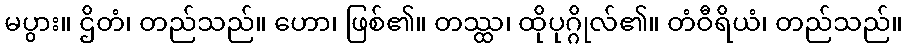
မပွား။ ဌိတံ၊ တည်သည်။ ဟော၊ ဖြစ်၏။ တဿ္ထ၊ ထိုပုဂ္ဂိုလ်၏။ တံဝီရိယံ၊ တည်သည်။